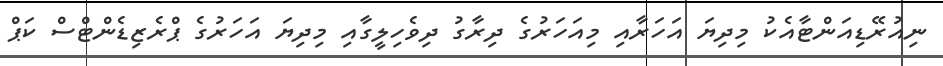
ނިއުރޭޑިއަންޓާއެކު މިދިޔަ އަހަރާއި މިއަހަރުގެ ދިރާގު ދިވެހިލީގާއި މިދިޔަ އަހަރުގެ ޕްރެޒިޑެންޓްސް ކަޕް